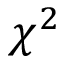
\chi ^ { 2 }